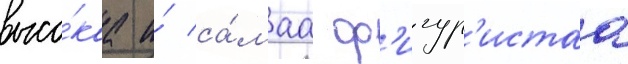
высо́каа и́ са́маа ф'игур'истаа